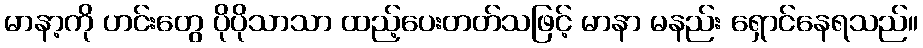
မာနာ့ကို ဟင်းတွေ ပိုပိုသာသာ ထည့်ပေးတတ်သဖြင့် မာနာ မနည်း ရှောင်နေရသည်။